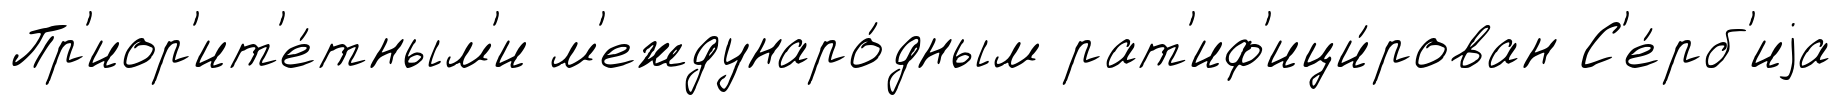
Пр'иор'ит'е́тным'и м'еждунаро́дным рат'иф'ици́рован С'е́рб'иjа